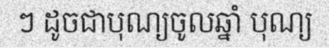
ៗ ដូចជាបុណ្យចូលឆ្នាំ បុណ្យ